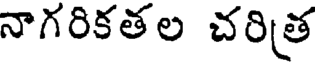
నాగరికతల చరిత్ర